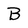
Character: B